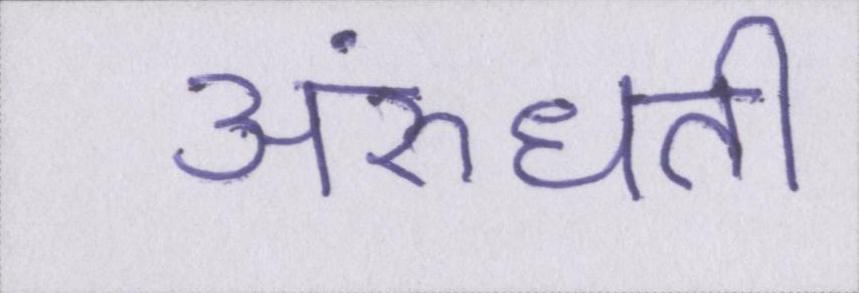
अरुंधती